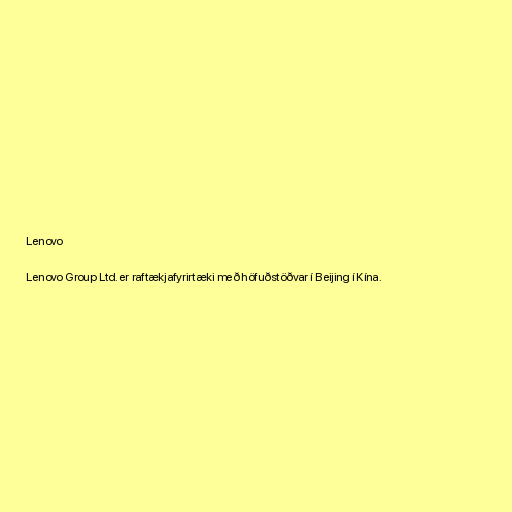
Lenovo

Lenovo Group Ltd. er raftækjafyrirtæki með höfuðstöðvar í Beijing í Kína.